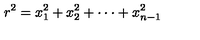
r ^ { 2 } = x _ { 1 } ^ { 2 } + x _ { 2 } ^ { 2 } + \cdot \cdot \cdot + x _ { n - 1 } ^ { 2 }